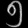
Digit: ၅